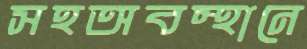
সহঅবস্থানে